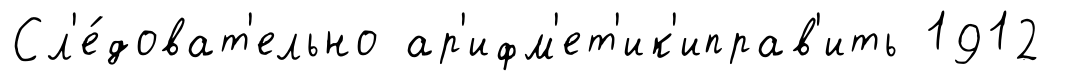
Сл'е́доват'ельно ар'ифм'ет'ик'иправ'ить 1912